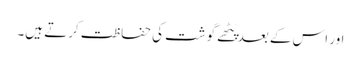
اور اس کے بعد پَٹھے گوشت کی حفاظت کرتے ہیں۔